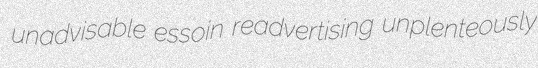
unadvisable essoin readvertising unplenteously